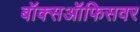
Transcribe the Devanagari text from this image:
बॉक्सऑफिसवर